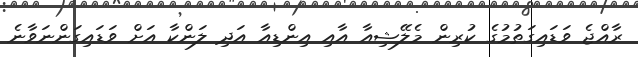
ރާއްޖެ ވަޑައިގަތުމުގެ ކުރިން މެލޭޝިއާ އާއި އިންޑިއާ އަދި ލަންކާ އަށް ވަޑައިގަންނަވާނެ